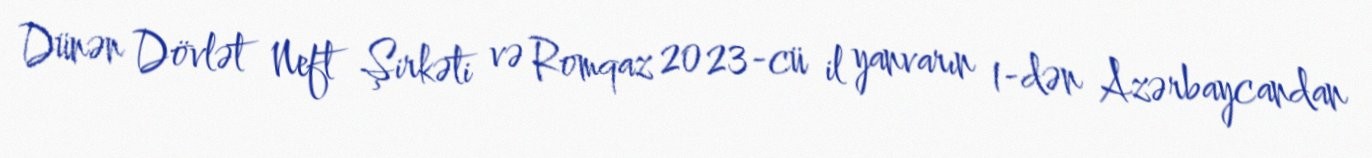
Dünən Dövlət Neft Şirkəti və Romqaz 2023-cü il yanvarın 1-dən Azərbaycandan